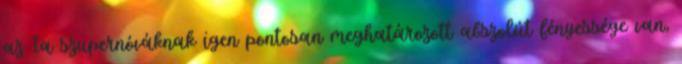
az Ia szupernóváknak igen pontosan meghatározott abszolút fényessége van,